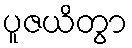
ပူဇယိတွာ